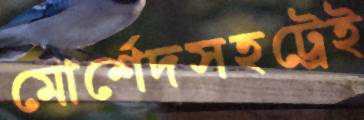
মোর্শেদসহট্রেই